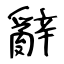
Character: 辭